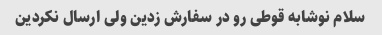
سلام نوشابه قوطی رو در سفارش زدین ولی ارسال نکردین